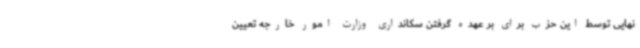
نهایی توسط این حزب برای بر عهده گرفتن سکانداری وزارت امور خارجه تعیین